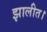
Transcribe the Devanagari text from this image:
झालीत।